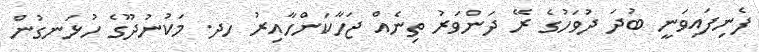
ފެނިފައިވަނީ ބުދަ ދުވަހުގެ ރޭ ދަންވަރު ތިނެއް ޖަހާކަންހާއިރު ހދ. މަކުނުދޫގެ ހުޅަނގުން